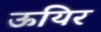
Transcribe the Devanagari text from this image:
ऊयिर